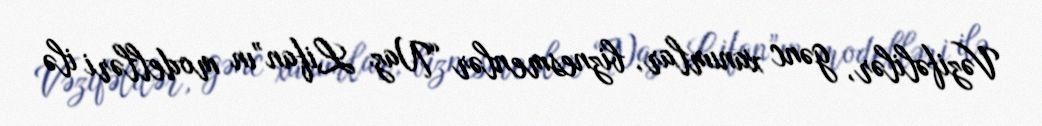
Vəzifəlilər, gənc xanımlar, biznesmenlər “Naz Lifan”ın modelləri ilə